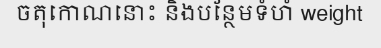
ចតុកោណនោះ និងបន្ថែមទំហំ weight